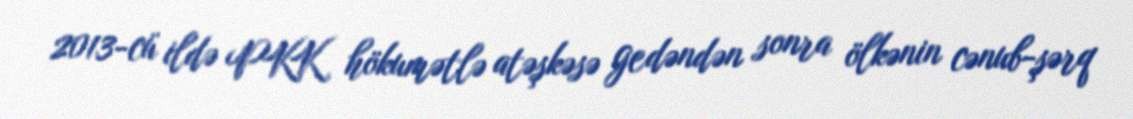
2013-cü ildə PKK hökumətlə atəşkəsə gedəndən sonra ölkənin cənub-şərq